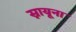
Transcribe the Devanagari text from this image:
स्नायूना